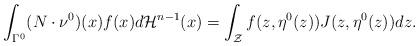
LaTeX: \begin{align*}\int_{\Gamma^0} (N\cdot \nu^0)(x) f(x) d\mathcal{H}^{n-1}(x) = \int_{\mathcal Z} f(z,\eta^0(z)) J(z,\eta^0(z)) dz. \end{align*}